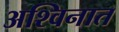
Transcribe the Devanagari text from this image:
अश्विनात